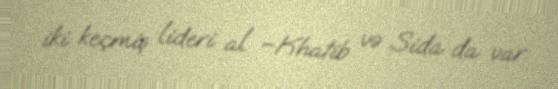
iki keçmiş lideri al –Khatib və Sida da var.